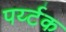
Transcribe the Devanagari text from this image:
पर्य्टक